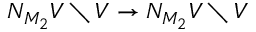
N _ { M _ { 2 } } V \setminus V \to N _ { M _ { 2 } } V \setminus V